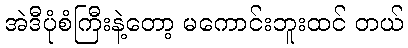
အဲဒီပုံစံကြီးနဲ့တော့ မကောင်းဘူးထင် တယ်